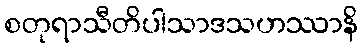
စတုရာသီတိပါသာဒသဟဿာနိ